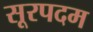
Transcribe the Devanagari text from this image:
सूरपदम